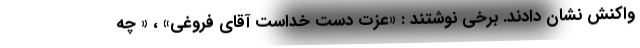
واکنش نشان دادند. برخی نوشتند : «عزت دست خداست آقای فروغی» ، « چه